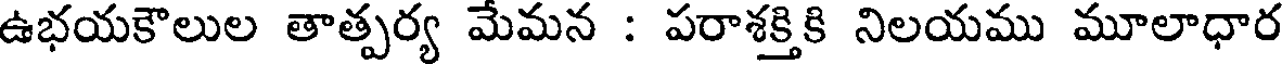
ఉభయకౌలుల తాత్పర్య మేమన : పరాశక్తికి నిలయము మూలాధార